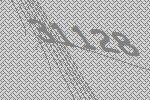
31128